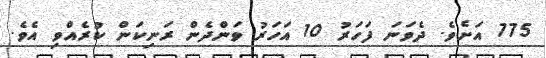
775 އަށެވެ. ދެވަނަ ފަހަރު 10 އަހަރު ވަންދެން ރަނިކަން ކުރެއްވި އެވެ.